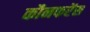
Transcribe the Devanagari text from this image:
कौनफरेंस